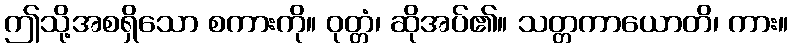
ဤသို့အစရှိသော စကားကို။ ဝုတ္တံ၊ ဆိုအပ်၏။ သတ္တကာယောတိ၊ ကား။